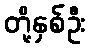
တို့နှစ်ဦး